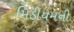
મિડીયમની